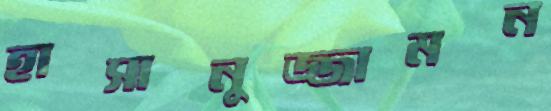
হাসানুজ্জামন